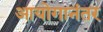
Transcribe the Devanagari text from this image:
आयोगानंतर